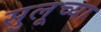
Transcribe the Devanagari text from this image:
सुलूच्या